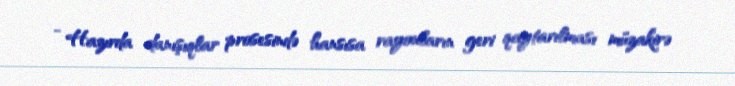
- Hazırda danışıqlar prosesində hansısa rayonların geri qaytarılması müzakirə